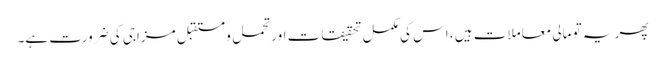
پھر یہ تو مالی معاملات ہیں ، اس کی مکمل تحقیقات اور تحمل و مستقبل مزاجی کی ضرورت ہے۔